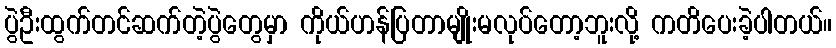
ပွဲဦးထွက်တင်ဆက်တဲ့ပွဲတွေမှာ ကိုယ်ဟန်ပြတာမျိုးမလုပ်တော့ဘူးလို့ ကတိပေးခဲ့ပါတယ်။